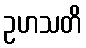
ဥဟသတိ